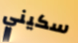
سكيني